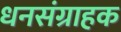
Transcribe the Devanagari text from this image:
धनसंग्राहक